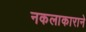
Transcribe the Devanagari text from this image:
नकलाकाराने